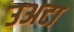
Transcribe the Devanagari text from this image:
उअटा